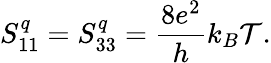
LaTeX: {S_{11}^{q}=S_{33}^{q}=\frac{8e^{2}}{h}k_{B}\mathcal{T}.}